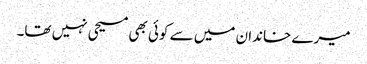
میرے خاندان میں سے کوئی بھی مسیحی نہیں تھا۔